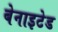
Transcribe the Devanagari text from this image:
बेनाइटेड